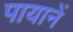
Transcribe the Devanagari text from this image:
पायानें